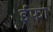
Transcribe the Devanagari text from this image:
ईफा